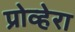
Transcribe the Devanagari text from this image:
प्रोव्हेरा